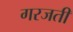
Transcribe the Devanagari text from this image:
गरजती